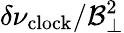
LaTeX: \delta\nu_{\mathrm{clock}}/\mathcal{B}_{\perp}^{2}